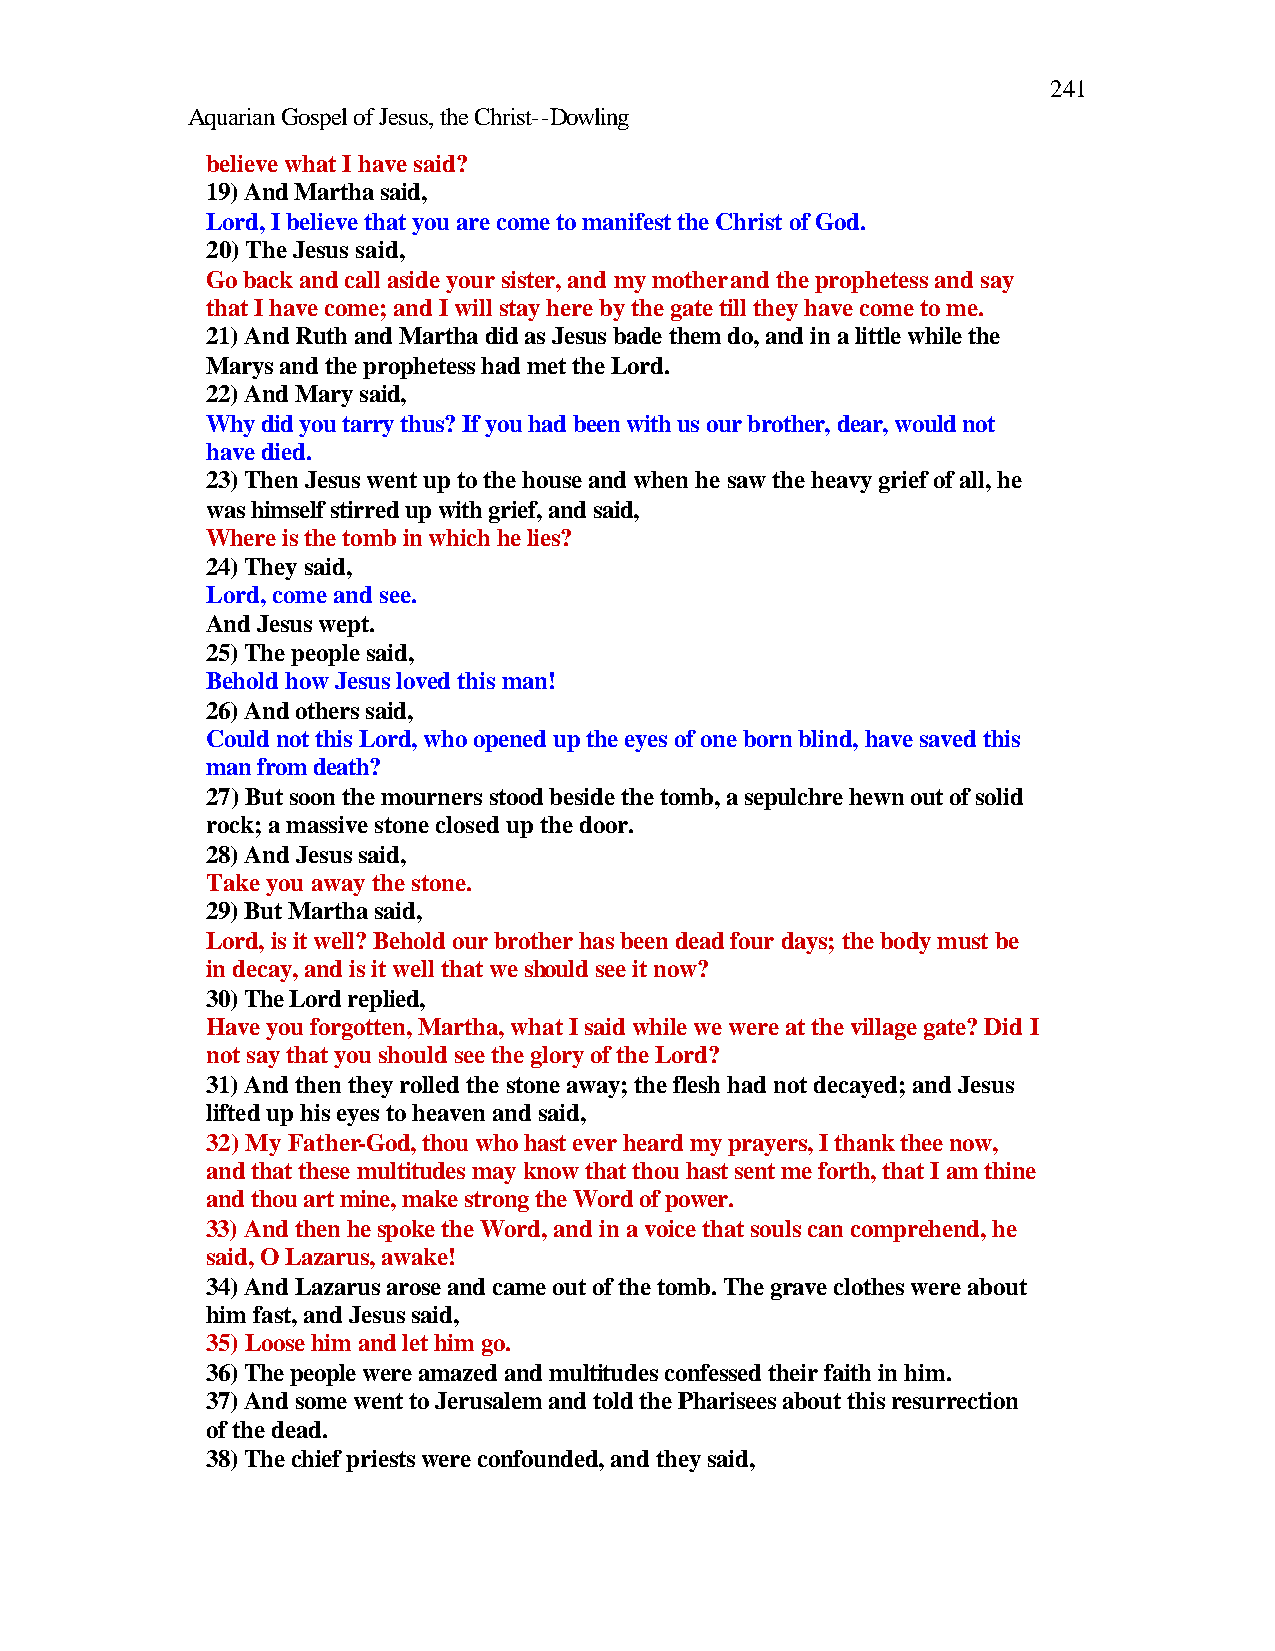
241
 Aquarian Gospel of Jesus, the Christ--Dowling
 believe what I have said?
 19) And Martha said,
 Lord, I believe that you are come to manifest the Christ of God.
 20) The Jesus said,
 Go back and call aside your sister, and my mother and the prophetess and say
 that I have come; and I will stay here by the gate till they have come to me.
 21) And Ruth and Martha did as Jesus bade them do, and in a little while the
 Marys and the prophetess had met the Lord.
 22) And Mary said,
 Why did you tarry thus? If you had been with us our brother, dear, would not
 have died.
 23) Then Jesus went up to the house and when he saw the heavy grief of all, he
 was himself stirred up with grief, and said,
 Where is the tomb in which he lies?
 24) They said,
 Lord, come and see.
 And Jesus wept.
 25) The people said,
 Behold how Jesus loved this man!
 26) And others said,
 Could not this Lord, who opened up the eyes of one born blind, have saved this
 man from death?
 27) But soon the mourners stood beside the tomb, a sepulchre hewn out of solid
 rock; a massive stone closed up the door.
 28) And Jesus said,
 Take you away the stone.
 29) But Martha said,
 Lord, is it well? Behold our brother has been dead four days; the body must be
 in decay, and is it well that we should see it now?
 30) The Lord replied,
 Have you forgotten, Martha, what I said while we were at the village gate? Did I
 not say that you should see the glory of the Lord?
 31) And then they rolled the stone away; the flesh had not decayed; and Jesus
 lifted up his eyes to heaven and said,
 32) My Father-God, thou who hast ever heard my prayers, I thank thee now,
 and that these multitudes may know that thou hast sent me forth, that I am thine
 and thou art mine, make strong the Word of power.
 33) And then he spoke the Word, and in a voice that souls can comprehend, he
 said, O Lazarus, awake!
 34) And Lazarus arose and came out of the tomb. The grave clothes were about
 him fast, and Jesus said,
 35) Loose him and let him go.
 36) The people were amazed and multitudes confessed their faith in him.
 37) And some went to Jerusalem and told the Pharisees about this resurrection
 of the dead.
 38) The chief priests were confounded, and they said,